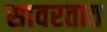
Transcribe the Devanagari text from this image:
सावरतात